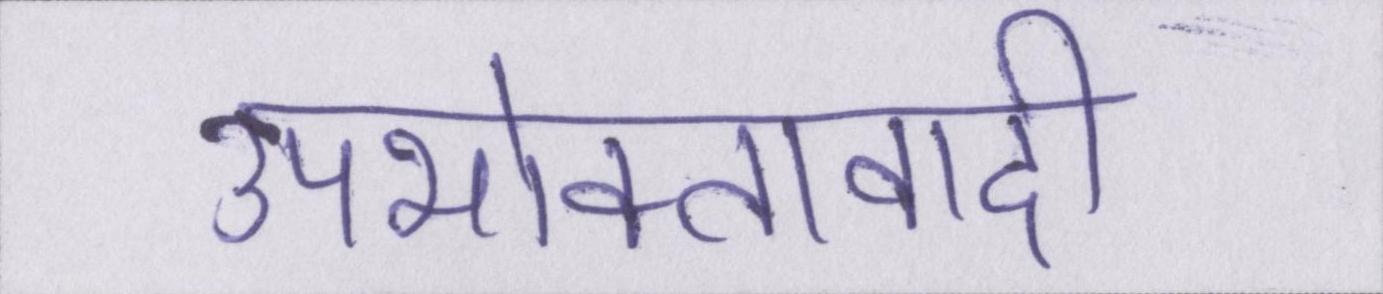
उपभोक्तावादी